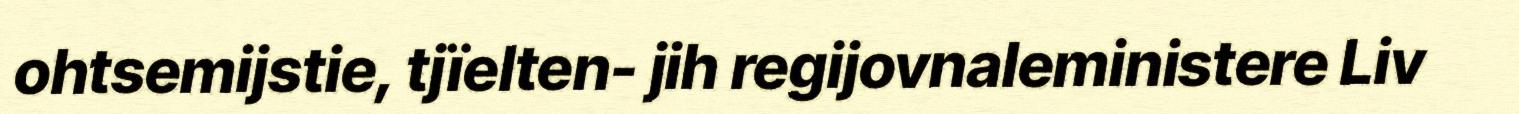
ohtsemijstie, tjïelten- jih regijovnaleministere Liv